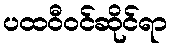
ပထဝီဝင်ဆိုင်ရာ